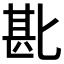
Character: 𫧈